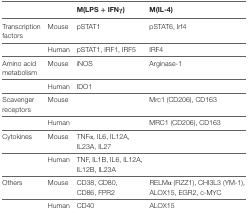
<table><thead><tr><td colspan="2"></td><td><b>M(LPS + IFNγ)</b></td><td><b>M(IL-4)</b></td></tr></thead><tbody><tr><td>Transcription factors</td><td>Mouse</td><td>pSTAT1</td><td>pSTAT6, Irf4</td></tr><tr><td></td><td>Human</td><td>pSTAT1, IRF1, IRF5</td><td>IRF4</td></tr><tr><td>Amino acid metabolism</td><td>Mouse</td><td>iNOS</td><td>Arginase-1</td></tr><tr><td></td><td>Human</td><td>IDO1</td><td></td></tr><tr><td>Scavenger receptors</td><td>Mouse</td><td></td><td>Mrc1 (CD206), CD163</td></tr><tr><td></td><td>Human</td><td></td><td>MRC1 (CD206), CD163</td></tr><tr><td>Cytokines</td><td>Mouse</td><td>TNFα, IL6, IL12A, IL23A, IL27</td><td></td></tr><tr><td></td><td>Human</td><td>TNF, IL1B, IL6, IL12A, IL12B, IL23A</td><td></td></tr><tr><td>Others</td><td>Mouse</td><td>CD38, CD80, CD86, FPR2</td><td>RELMα (FIZZ1), CHI3L3 (YM-1), ALOX15, EGR2, c-MYC</td></tr><tr><td></td><td>Human</td><td>CD40</td><td>ALOX15</td></tr></tbody></table>